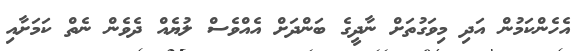
އެހެންކަމުން އަދި މިވަގުތަށް ނާދީގެ ބަންދަށް އެއްވެސް ލުޔެއް ދެވެން ނެތް ކަމަށާއި